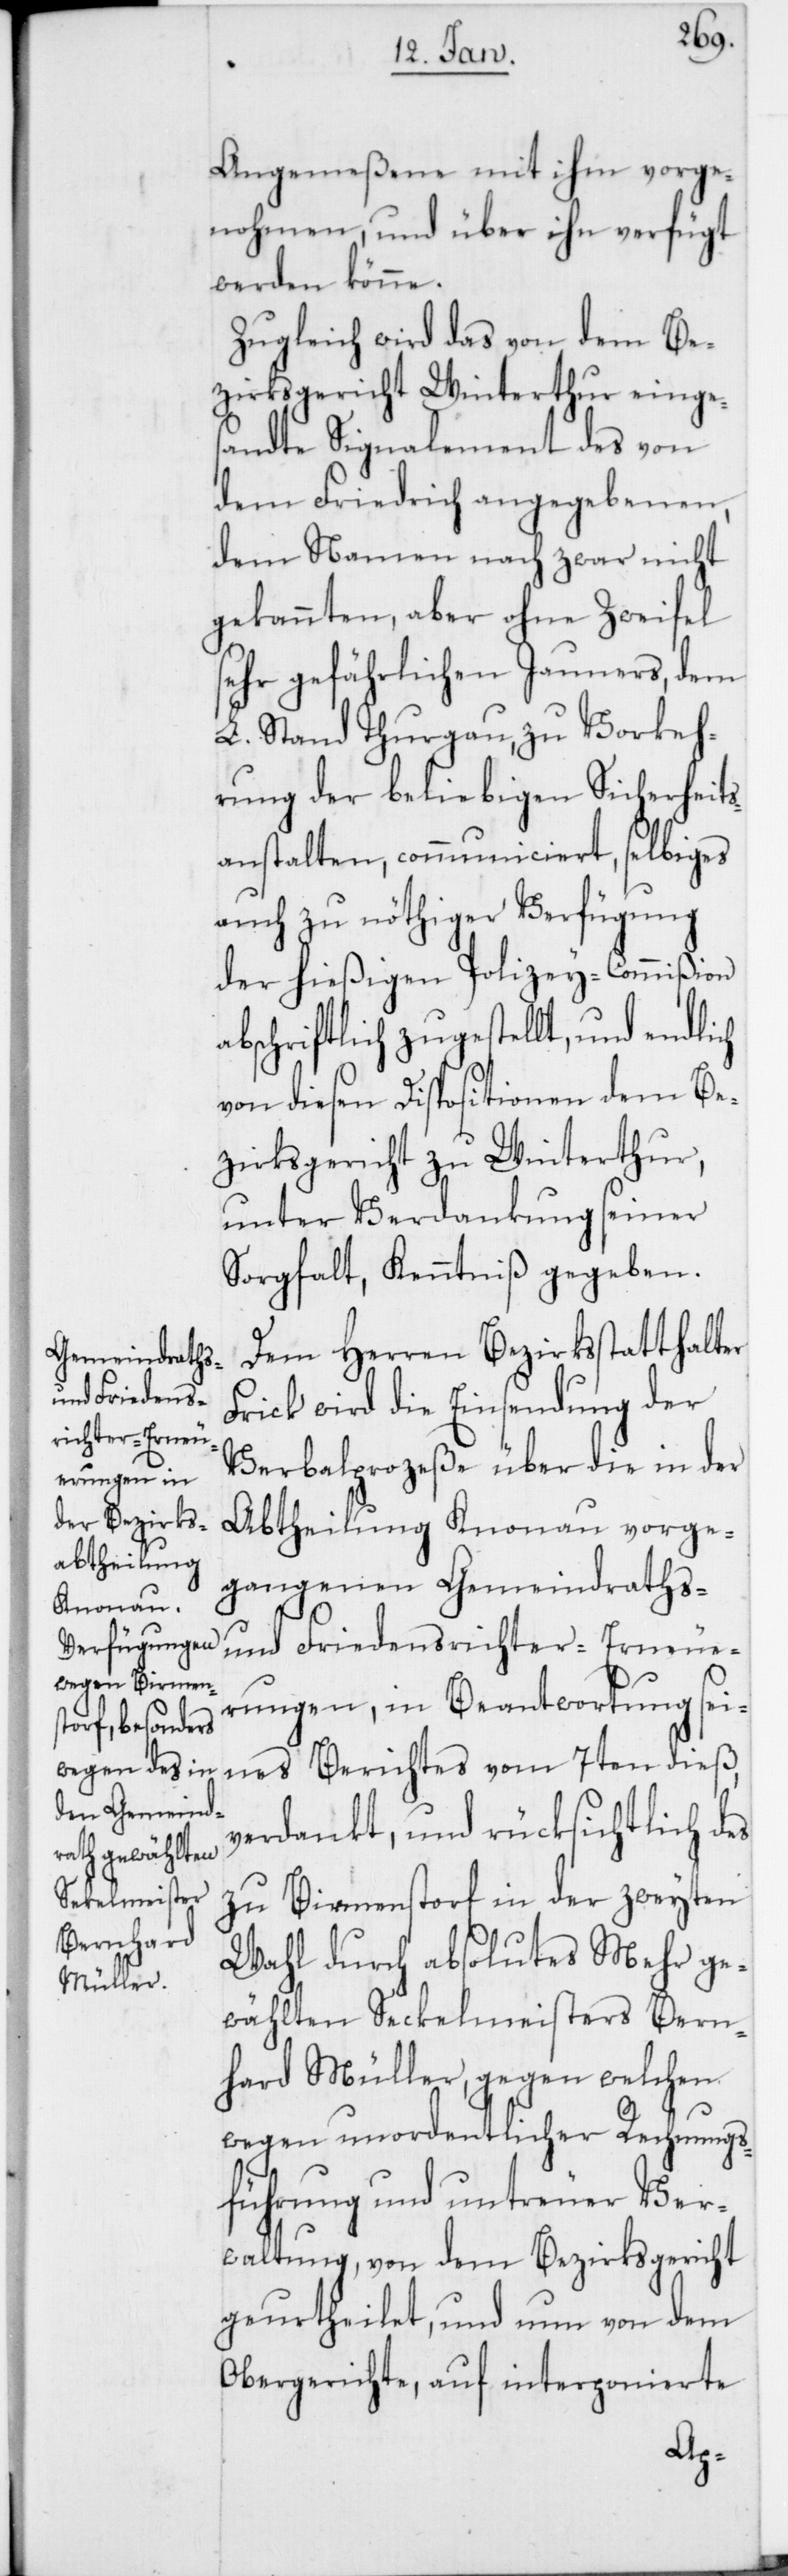
Angemeßene mit ihm vorge¬
nohmen, und über ihn verfügt
werden könne.
Zugleich wird das von dem Be¬
zirksgericht Winterthur einges¬
andte Signalement des von
dem Friedrich angegebenen,
dem Namen nach zwar nicht
gekannten aber ohne Zweifel
sehr gefährlichen Jauners, dem
L. Stand Thurgau, zu Vorkeh¬
rung der beliebigen Sicherheit¬
sanstalten, communiciert, selbiges
auch zu nöthiger Verfügung
der hießigen Polizey-Commißion
abschriftlich zugestellt, und endlich
von diesen Dispositionen dem Be¬
zirksgericht zu Winterthur,
unter Verdankung seiner
Sorgfalt, Kenntniß gegeben.
Dem Herren Bezirksstatthalter
Frick wird die Einsendung der
Verbalprozeße über die in der
Abtheilung Knonau vorge¬
gangenen Gemeindraths-
und Friedensrichter-Erneue¬
rungen, in Beantwortung sei¬
nes Berichtes vom 7ten dieß,
verdankt, und rücksichtlich des
zu Birmenstorf in der zweyten
Wahl durch absolutes Mehr ge¬
wählten Seckelmeisters Bern¬
hard Müller, gegen welchen
wegen unordentlicher Rechnungs¬
führung und untreuer Ver¬
waltung, von dem Bezirksgericht
geurtheilet, und nun von dem
Obergerichte, auf interponierte